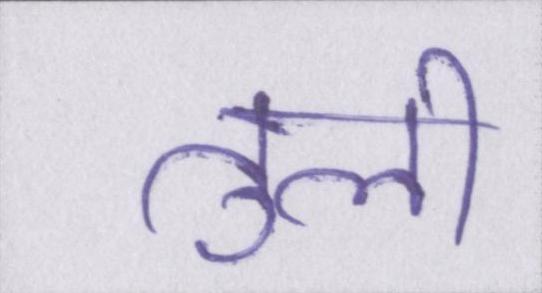
तुली